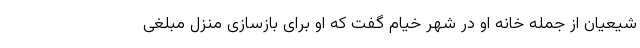
شیعیان از جمله خانه او در شهر خیام گفت که او برای بازسازی منزل مبلغی